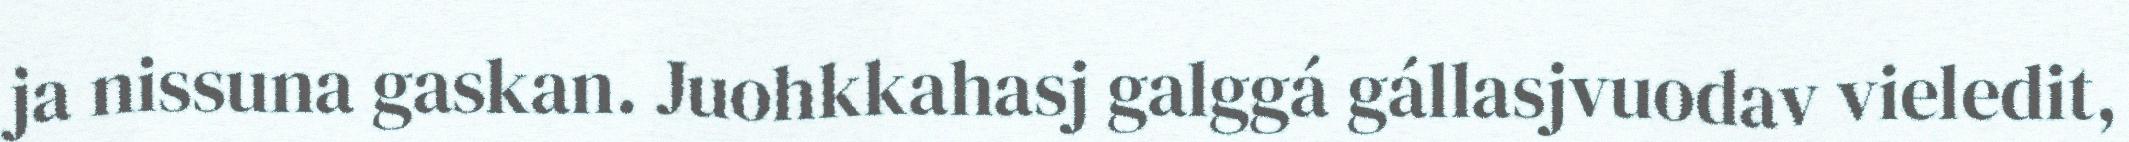
ja nissuna gaskan. Juohkkahasj galggá gállasjvuodav vieledit,